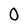
Character: 0